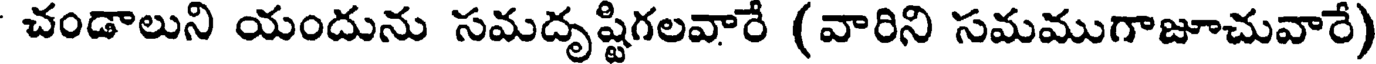
చండాలుని యందును సమదృష్టిగలవారే (వారిని సమముగాజూచువారే)